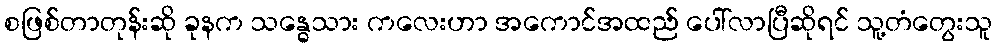
စဖြစ်တာတုန်းဆို ခုနက သန္ဓေသား ကလေးဟာ အကောင်အထည် ပေါ်လာပြီဆိုရင် သူ့တံတွေးသူ